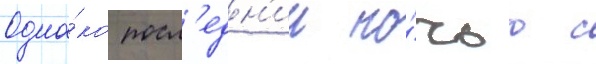
Одна́ко посл'едн'ии но́чью с